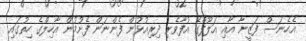
އެހެނަސް ފަޒީނާ އާއި އަލޫފްގެ އުފާވެރި ދިރިއުޅުން ފެންނަން ފެށުމުން އާހިލްގެ ހިތުގައި